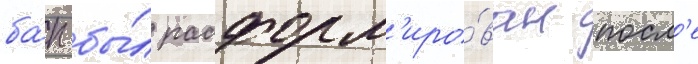
ба́п бы́л расформ'иро́ван посл'е